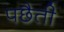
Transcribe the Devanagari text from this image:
पछैती